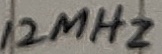
Text: 12MHz